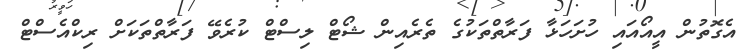
އެގޮތުން އީއޯއައި ހުށަހަޅާ ފަރާތްތަކުގެ ތެރެއިން ޝޯޓް ލިސްޓް ކުރެވޭ ފަރާތްތަކަށް ރިކްއެސްޓް